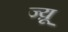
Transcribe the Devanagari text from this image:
ज्य़ू